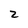
Character: 2